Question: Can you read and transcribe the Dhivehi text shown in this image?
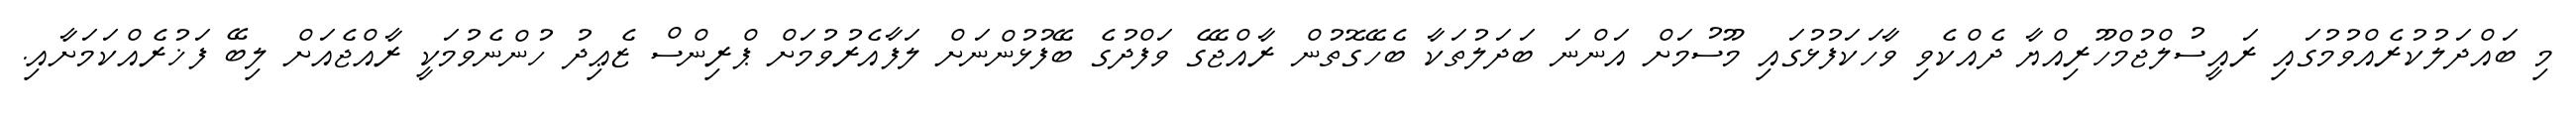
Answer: މި ބައްދަލުކުރެއްވުމުގައި ރައީސުލްޖުމްހޫރިއްޔާ ދެއްކެވި ވާހަކަފުޅުގައި މޫސުމަށް އަންނަ ބަދަލުތަކާ ބެހޭގޮތުން ރާއްޖޭގެ ވަފްދުގެ ބޭފުޅުންނަށް ލަފާއެރުވުމަށް ޕްރިންސް ޒެޢިދު ހުންނެވުމަކީ ރާއްޖެއަށް ލިބޭ ފަޚުރެއްކަމަށާއި.